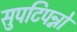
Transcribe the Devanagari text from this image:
सुपटिपन्नो